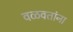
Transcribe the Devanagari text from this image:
वळवतांना